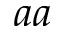
a a